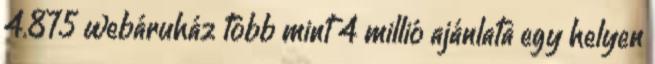
4.875 webáruház több mint 4 millió ajánlata egy helyen